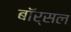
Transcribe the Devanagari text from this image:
बॉर्सल